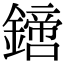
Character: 𨬙